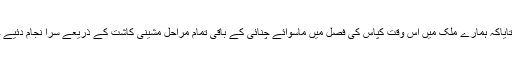
انہوںنے بتایاکہ ہمارے ملک میں اس وقت کپاس کی فصل میں ماسوائے چنائی کے باقی تمام مراحل مشینی کاشت کے ذریعے سرا نجام دئیے جاتے ہیں۔